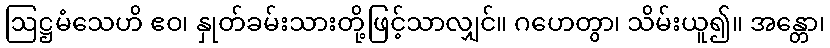
ဩဋ္ဌမံသေဟိ ဧဝ၊ နှုတ်ခမ်းသားတို့ဖြင့်သာလျှင်။ ဂဟေတွာ၊ သိမ်းယူ၍။ အန္တော၊